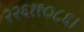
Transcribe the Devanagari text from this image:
२२६११०८६।